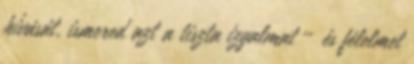
hívását, ismered azt a tiszta izgalmat – és félelmet